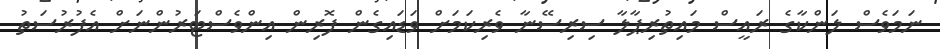
ނަމަވެސް ލަންކާގެ ރައީސް މައިތުރިޕާލާ ސިރިސޭނާ ވެރިކަމަަށް ވަޑައިގެން ފޮރިން އިންވެސްޓަރުންނަށް އެފުރުސަތު